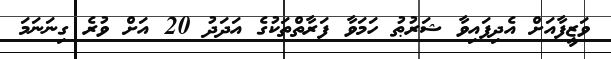
ވަޒީފާއަށް އެދިފައިވާ ޝަރުޠު ހަމަވާ ފަރާތްތަކުގެ އަދަދު 20 އަށް ވުރެ ގިނަނަމަ